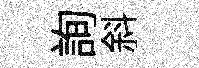
詢斜